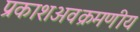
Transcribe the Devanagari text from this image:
प्रकाशअवक्रमणीय